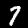
Digit: 7